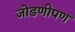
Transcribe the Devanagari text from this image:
जोडणीपण